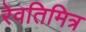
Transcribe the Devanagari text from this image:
रेवतिमित्र